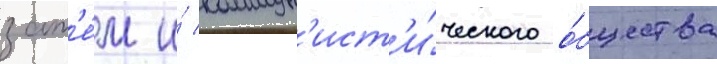
зат'е́м и́ коммун'ист'и́ческого о́бщества